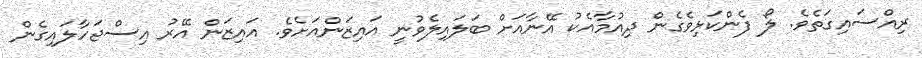
ރިއްސައިގަތެވެ. ލޯ ފެންކަޅިވެގެން ދިއުމާއެކު އޭނާއަށް ބަލައިލެވުނީ އައިޒަންއަށެވެ. އައިޒަން އޭރު އިސްޖަހާލައިގެން